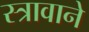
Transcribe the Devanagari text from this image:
स्त्रावाने